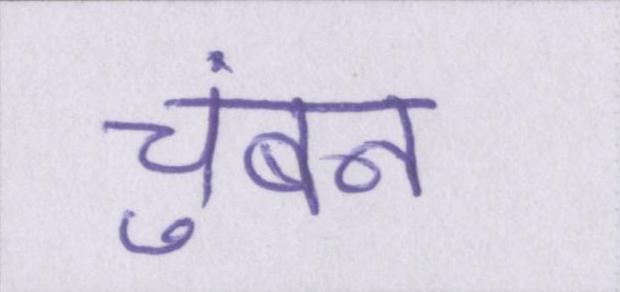
चुंबन